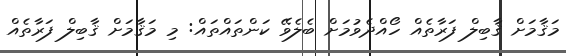
މަޤާމަށް ޤާބިލް ފަރާތެއް ހޯއްދެވުމަށް ބެލެވޭ ކަންތައްތައް: މި މަޤާމަށް ޤާބިލް ފަރާތެއް